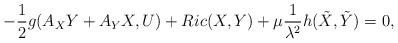
LaTeX: \begin{align*}-\frac{1}{2} g(A_X Y + A_Y X, U) + Ric(X,Y) + \mu\frac{1}{\lambda^2} h(\tilde{X},\tilde{Y}) = 0,\end{align*}